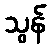
သွန်